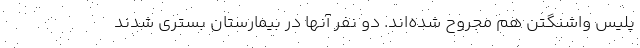
پلیس واشنگتن هم مجروح شده‌اند. دو نفر آنها در بیمارستان بستری شدند